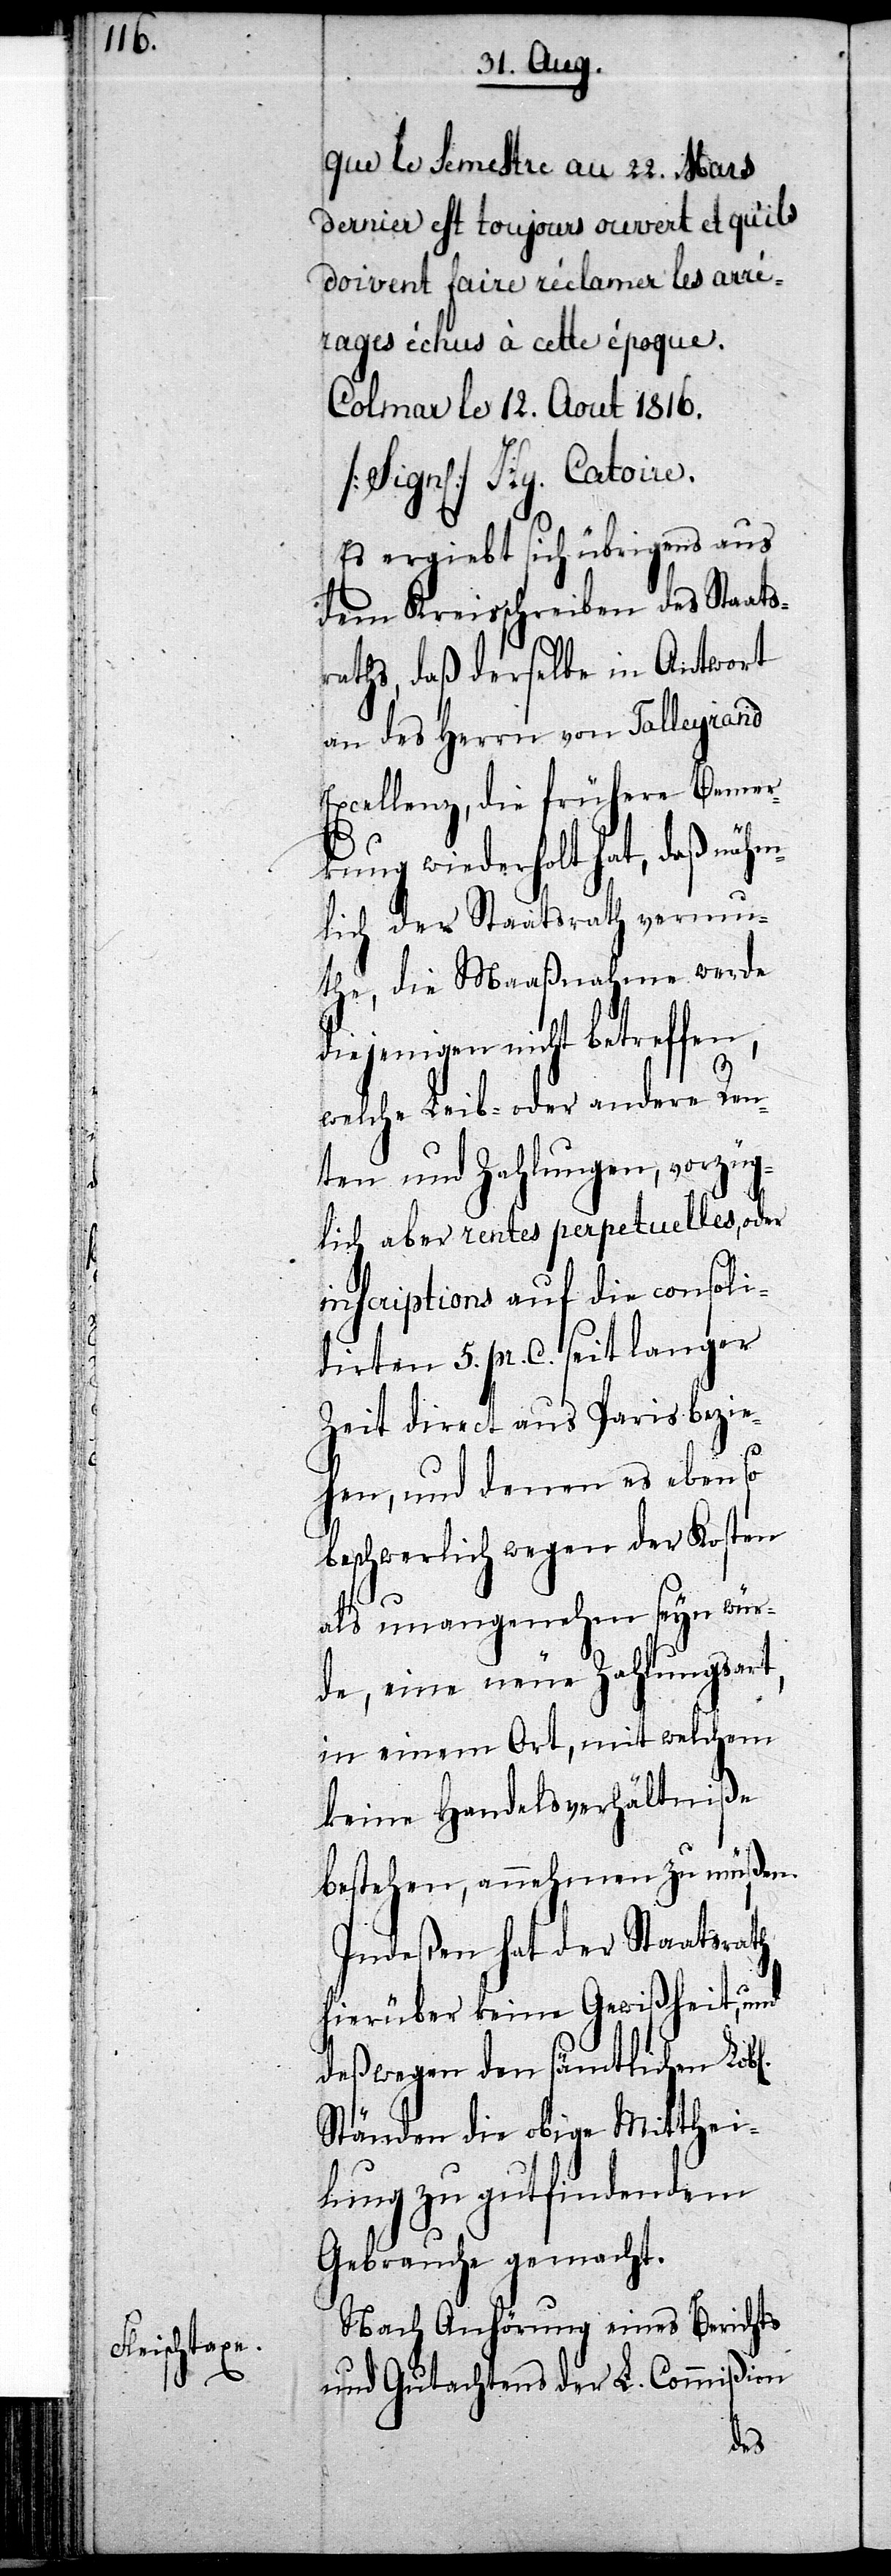
bl[ichen]

que le Semestre au 22. Mars
dernier est toujours ouvert et qu’ils
doivent faire réclamer les arré¬
rages échus à cette époque.
Colmar le 12. Aout 1816.
[Sign[iert]] Hy. Catoire.
Es ergiebt sich übrigens aus
dem Kreisschreiben des Staats¬
raths, daß derselbe in Antwort
an des Herrn von Talleyrand
Excellenz, die frühere Bemer¬
kung wiederholt hat, daß nähm¬
lich der Staatsrath vermu¬
the, die Maaßnahme werde
diejenigen nicht betreffen,
welche Leib- oder andere Ren¬
ten und Zahlungen, vorzüg¬
lich aber rentes perpetuelles, oder
inscriptions auf die consoli¬
dirten 5. pr. C. seit langer
Zeit direct aus Paris bezie¬
hen, und denen es ebenso
beschwerlich wegen der Kosten
als unangenehm seyn wür¬
de, eine neue Zahlungsart,
in einem Ort, mit welchem
keine Handelsverhältniße
bestehen, annehmen zu müßen.
Indeßen hat der Staatsrath
hierüber keine Gewißheit, und
deßwegen den sämtlichen Lo¬
Ständen die obige Mitthei¬
lung zu gutfindendem
Gebrauche gemacht.
Nach Anhörung eines Berichts
und Gutachtens der L. Commißion